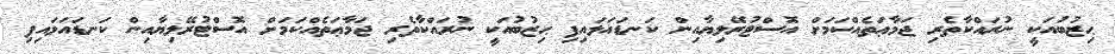
ޙިޒުބުއަކީ ނުރައްކާތެރި ޖަމާޢަތެއްކަމަށް އޮސްޓުރޭލިޔާއިން ކަނޑައަޅައިފި ޙިޒުބުއަކީ ނުރައްކާތެރި ޖަމާޢަތެއްކަމަށް އޮސްޓުރޭލިޔާއިން ކަނޑައަޅައިފި